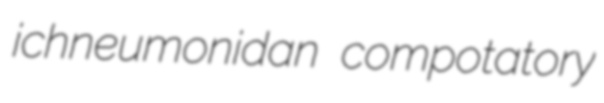
ichneumonidan compotatory